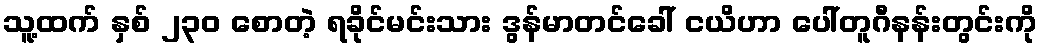
သူ့ထက် နှစ် ၂၃၀ စောတဲ့ ရခိုင်မင်းသား ဒွန်မာတင်ခေါ် ငယိဟာ ပေါ်တူဂီနန်းတွင်းကို